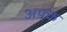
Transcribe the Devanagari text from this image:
अफ्क